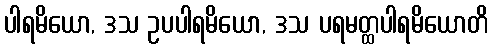
ပါရမိယော, ဒသ ဥပပါရမိယော, ဒသ ပရမတ္ထပါရမိယောတိ